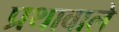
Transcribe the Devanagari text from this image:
प्रथावाले